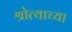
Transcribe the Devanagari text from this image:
श्रोत्याच्या